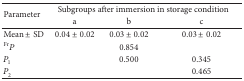
| <ROWSPAN=2> Parameter | <COLSPAN=3> Subgroups after immersion in storage condition |
 | a | b | c |
 | --- | --- | --- | --- |
 | Mean ± SD | 0.04 ± 0.02 | 0.03 ± 0.02 | 0.03 ± 0.02 |
 | FrP |  | 0.854 |  |
 | P1 |  | 0.500 | 0.345 |
 | P2 |  |  | 0.465 |